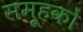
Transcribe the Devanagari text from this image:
समूहकों